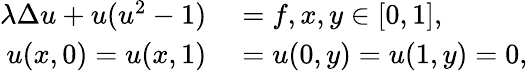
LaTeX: \begin{array}{rl}{\lambda\Delta u+u(u^{2}-1)}&{{}=f,x,y\in[0,1],}\\ {u(x,0)=u(x,1)}&{{}=u(0,y)=u(1,y)=0,}\end{array}